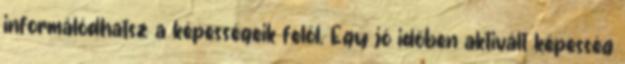
informálódhatsz a képességeik felől. Egy jó időben aktivált képesség